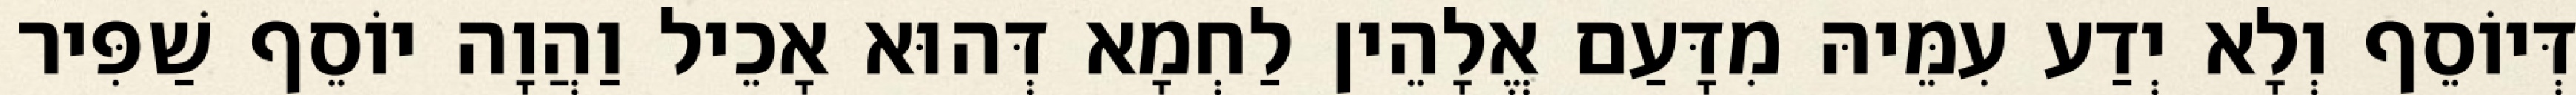
דְּיוֹסֵף וְלָא יְדַע עִמֵּיהּ מִדָּעַם אֱלָהֵין לַחְמָא דְּהוּא אָכֵיל וַהֲוָה יוֹסֵף שַׁפִּיר